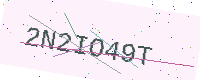
Text: 2N2IO49T